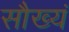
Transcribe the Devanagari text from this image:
सौख्यं